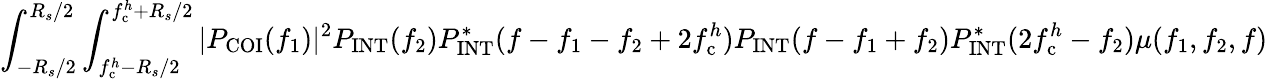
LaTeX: \int_{-R_{s}/2}^{R_{s}/2}\int_{f_{\mathrm{c}}^{h}-R_{s}/2}^{f_{\mathrm{c}}^{h}+R_{s}/2}|P_{\mathrm{COI}}(f_{1})|^{2}P_{\mathrm{INT}}(f_{2})P_{\mathrm{INT}}^{\ast}(f-f_{1}-f_{2}+2f_{\mathrm{c}}^{h})P_{\mathrm{INT}}(f-f_{1}+f_{2})P_{\mathrm{INT}}^{\ast}(2f_{\mathrm{c}}^{h}-f_{2})\mu(f_{1},f_{2},f)